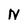
Character: N